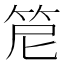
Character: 𥬩